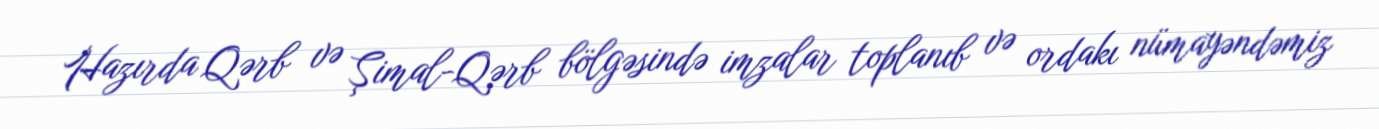
Hazırda Qərb və Şimal-Qərb bölgəsində imzalar toplanıb və ordakı nümayəndəmiz